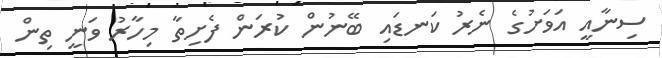
ސިނާއީ އަވަށުގެ ނެރު ކަނޑައި ބޭނުން ކުރަން ފެށިތާ މިހާރު ވަނީ ތިން